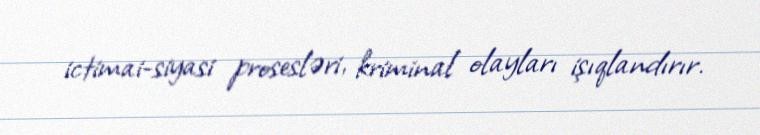
ictimai-siyasi prosesləri, kriminal olayları işıqlandırır.